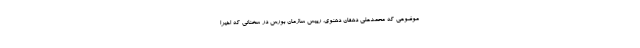
موضوعی که محمدعلی دهقان دهنوی، رییس سازمان بورس در سخنانی که اخیرا